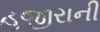
હજીરાની